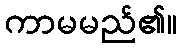
ကာမမည်၏။